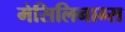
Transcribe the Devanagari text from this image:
मेसिलिनाम्स